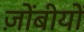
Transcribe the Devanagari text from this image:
ज़ोंबीयों